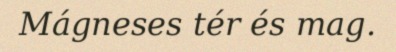
Mágneses tér és mag.